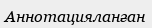
Аннотацияланған